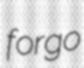
forgo